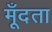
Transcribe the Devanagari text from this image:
मूँदता